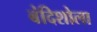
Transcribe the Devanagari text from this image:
बंदिशोला